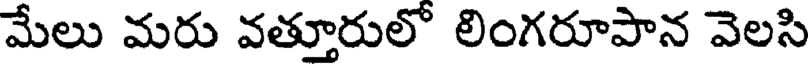
మేలు మరు వత్తూరులో లింగరూపాన వెలసి